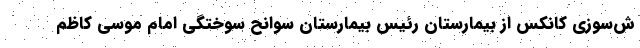
ش‌سوزی کانکس از بیمارستان رئیس بیمارستان سوانح سوختگی امام موسی کاظم